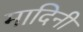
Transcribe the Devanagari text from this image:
मादिनी